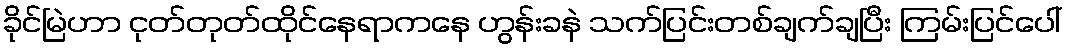
ခိုင်မြဲဟာ ငုတ်တုတ်ထိုင်နေရာကနေ ဟွန်းခနဲ သက်ပြင်းတစ်ချက်ချပြီး ကြမ်းပြင်ပေါ်